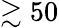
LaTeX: \gtrsim 50